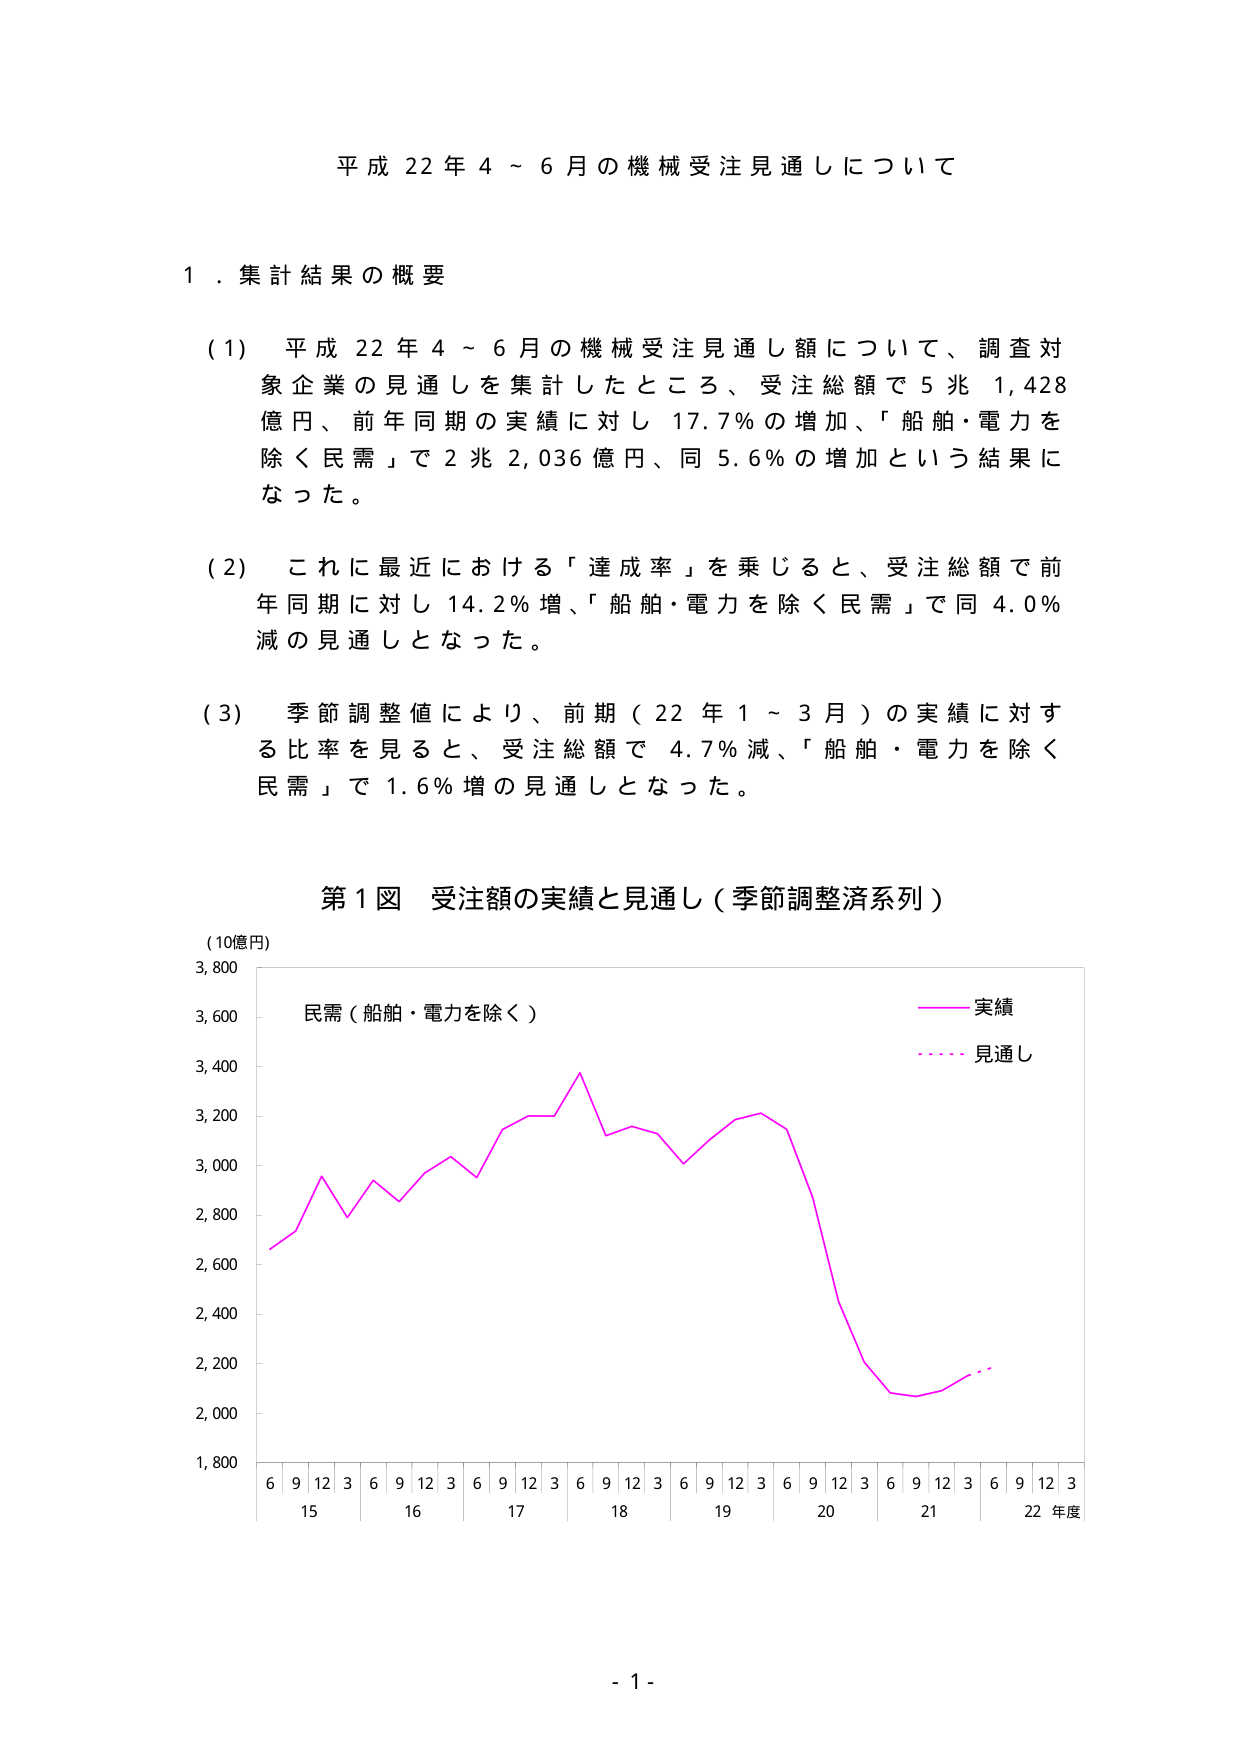
平成 22 年 4 ～ 6 月の機械受注見通しについて

１．集計結果の概要

(1) 平成 22 年 4 ～ 6 月の機械受注見通し額について、調査対象企業の見通しを集計したところ、受注総額で 5 兆 1,428 億円、前年同期の実績に対し 17.7％の増加、「船舶・電力を除く民需」で 2 兆 2,036 億円、同 5.6％の増加という結果になった。

(2) これに最近における「達成率」を乗じると、受注総額で前年同期に対し 14.2％増、「船舶・電力を除く民需」で同 4.0％減の見通しとなった。

(3) 季節調整値により、前期（22 年 1 ～ 3 月）の実績に対する比率を見ると、受注総額で 4.7％減、「船舶・電力を除く民需」で 1.6％増の見通しとなった。

第１図 受注額の実績と見通し（季節調整済系列）

(10億円)

3,800

3,600 民需（船舶・電力を除く）

3,400

3,200

3,000

2,800

2,600

2,400

2,200

2,000

1,800

6 9 12 3 6 9 12 3 6 9 12 3 6 9 12 3 6 9 12 3 6 9 12 3 6 9 12 3

15 16 17 18 19 20 21 22 年度

実績

見通し

- 1 -